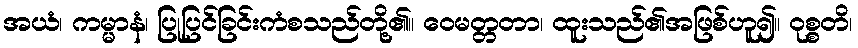
အယံ၊ ကမ္မာနံ၊ ပြုပြင်ခြင်းကံစသည်တို့၏။ ဝေမတ္တတာ၊ ထူးသည်၏အဖြစ်ဟူ၍။ ဝုစ္စတိ၊